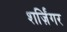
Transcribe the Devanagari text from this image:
शर्ज़िंगर